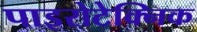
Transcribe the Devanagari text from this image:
पाइरोटेक्निक